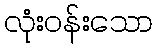
လုံးဝန်းသော